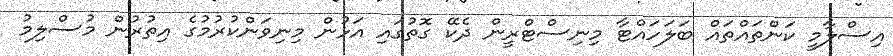
އިސްލާމީ ކަންތައްތައް ބަލަހައްޓާ މިނިސްޓްރީން ދެކޭ ގޮތުގައި އަޅުން މިނިވަންކުރުމުގެ އިތުރުން މުސްލިމު